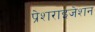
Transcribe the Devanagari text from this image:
प्रेशराइजेशन